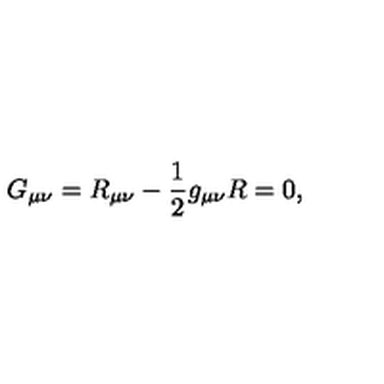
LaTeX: G _ { \mu \nu } = R _ { \mu \nu } - { \frac { 1 } { 2 } } g _ { \mu \nu } R = 0 ,